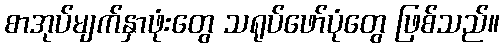
စာအုပ်မျက်နှာဖုံးတွေ သရုပ်ဖော်ပုံတွေ ဖြစ်သည်။